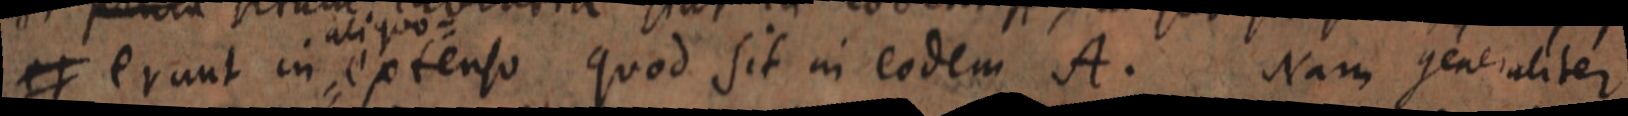
et erunt in aliquo extenso quod sit in eodem A. Nam generaliter